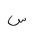
Letter: _sin